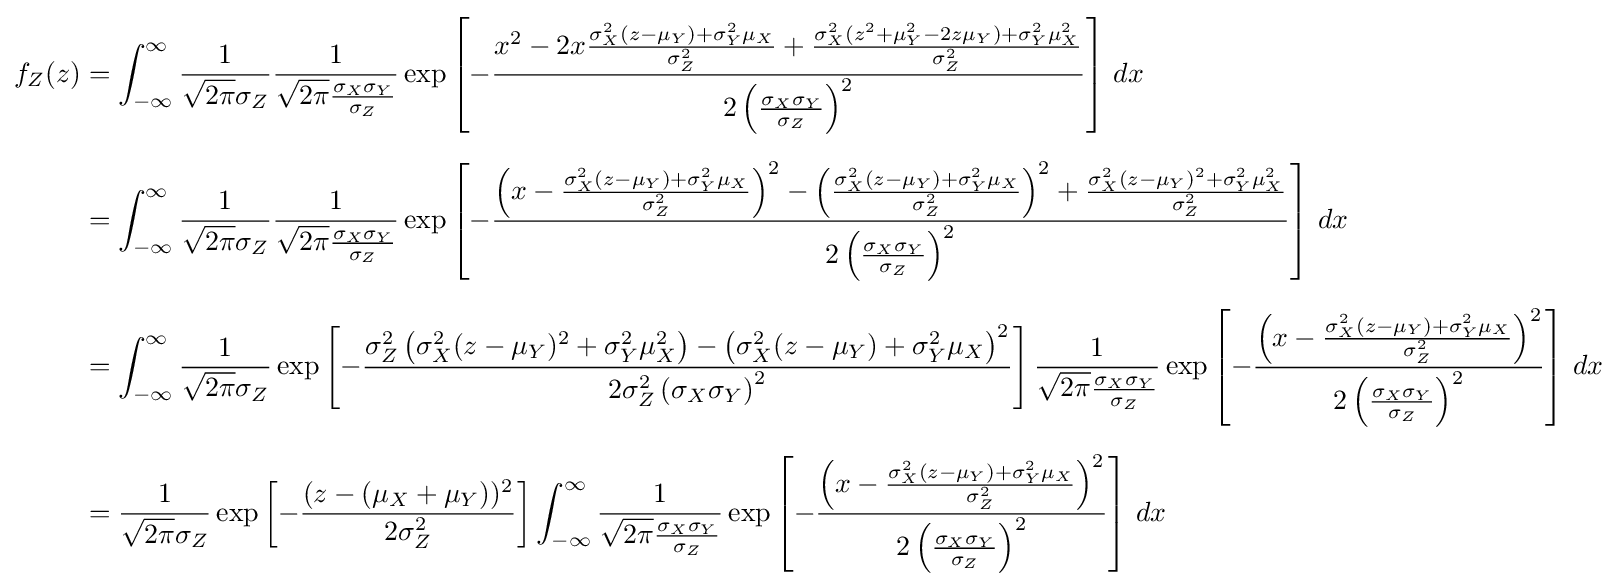
{\begin{aligned}f_{Z}(z)&=\int _{-\infty }^{\infty }{\frac {1}{{\sqrt {2\pi }}\sigma _{Z}}}{\frac {1}{{\sqrt {2\pi }}{\frac {\sigma _{X}\sigma _{Y}}{\sigma _{Z}}}}}\exp \left[-{\frac {x^{2}-2x{\frac {\sigma _{X}^{2}(z-\mu _{Y})+\sigma _{Y}^{2}\mu _{X}}{\sigma _{Z}^{2}}}+{\frac {\sigma _{X}^{2}(z^{2}+\mu _{Y}^{2}-2z\mu _{Y})+\sigma _{Y}^{2}\mu _{X}^{2}}{\sigma _{Z}^{2}}}}{2\left({\frac {\sigma _{X}\sigma _{Y}}{\sigma _{Z}}}\right)^{2}}}\right]\,dx\\[6pt]&=\int _{-\infty }^{\infty }{\frac {1}{{\sqrt {2\pi }}\sigma _{Z}}}{\frac {1}{{\sqrt {2\pi }}{\frac {\sigma _{X}\sigma _{Y}}{\sigma _{Z}}}}}\exp \left[-{\frac {\left(x-{\frac {\sigma _{X}^{2}(z-\mu _{Y})+\sigma _{Y}^{2}\mu _{X}}{\sigma _{Z}^{2}}}\right)^{2}-\left({\frac {\sigma _{X}^{2}(z-\mu _{Y})+\sigma _{Y}^{2}\mu _{X}}{\sigma _{Z}^{2}}}\right)^{2}+{\frac {\sigma _{X}^{2}(z-\mu _{Y})^{2}+\sigma _{Y}^{2}\mu _{X}^{2}}{\sigma _{Z}^{2}}}}{2\left({\frac {\sigma _{X}\sigma _{Y}}{\sigma _{Z}}}\right)^{2}}}\right]\,dx\\[6pt]&=\int _{-\infty }^{\infty }{\frac {1}{{\sqrt {2\pi }}\sigma _{Z}}}\exp \left[-{\frac {\sigma _{Z}^{2}\left(\sigma _{X}^{2}(z-\mu _{Y})^{2}+\sigma _{Y}^{2}\mu _{X}^{2}\right)-\left(\sigma _{X}^{2}(z-\mu _{Y})+\sigma _{Y}^{2}\mu _{X}\right)^{2}}{2\sigma _{Z}^{2}\left(\sigma _{X}\sigma _{Y}\right)^{2}}}\right]{\frac {1}{{\sqrt {2\pi }}{\frac {\sigma _{X}\sigma _{Y}}{\sigma _{Z}}}}}\exp \left[-{\frac {\left(x-{\frac {\sigma _{X}^{2}(z-\mu _{Y})+\sigma _{Y}^{2}\mu _{X}}{\sigma _{Z}^{2}}}\right)^{2}}{2\left({\frac {\sigma _{X}\sigma _{Y}}{\sigma _{Z}}}\right)^{2}}}\right]\,dx\\[6pt]&={\frac {1}{{\sqrt {2\pi }}\sigma _{Z}}}\exp \left[-{(z-(\mu _{X}+\mu _{Y}))^{2} \over 2\sigma _{Z}^{2}}\right]\int _{-\infty }^{\infty }{\frac {1}{{\sqrt {2\pi }}{\frac {\sigma _{X}\sigma _{Y}}{\sigma _{Z}}}}}\exp \left[-{\frac {\left(x-{\frac {\sigma _{X}^{2}(z-\mu _{Y})+\sigma _{Y}^{2}\mu _{X}}{\sigma _{Z}^{2}}}\right)^{2}}{2\left({\frac {\sigma _{X}\sigma _{Y}}{\sigma _{Z}}}\right)^{2}}}\right]\,dx\end{aligned}}